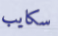
سكايب